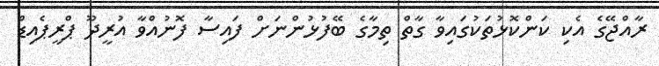
ރާއްޖޭގެ އެކި ކަންކޮޅުތަކުގައިވާ ގާތް ތިމާގެ ބޭފުޅުންނަށް ފައިސާ ފޮނުއްވާ އުރީދޫ ޕްރީޕެއިޑް